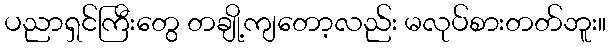
ပညာရှင်ကြီးတွေ တချို့ကျတော့လည်း မလုပ်စားတတ်ဘူး။